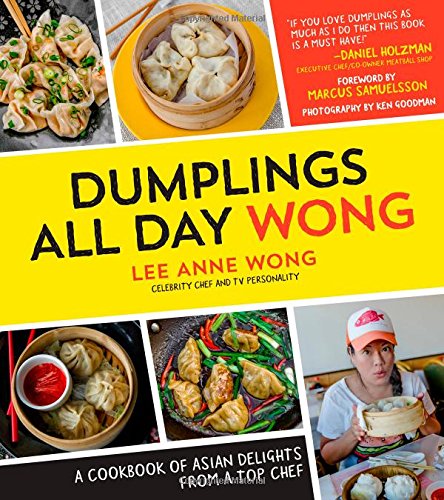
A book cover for Dumplings All Day Wong: A Cookbook of Asian Delights From a Top Chef; Lee Anne Wong; Cookbooks, Food & Wine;